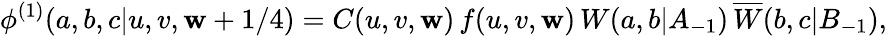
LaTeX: \phi^{(1)}(a,b,c|u,v,\mathbf{w}+1/4)=C(u,v,\mathbf{w})\, f(u,v,\mathbf{w})\, W(a,b|A_{-1})\, \overline{{{{W}}}}(b,c|B_{-1}),